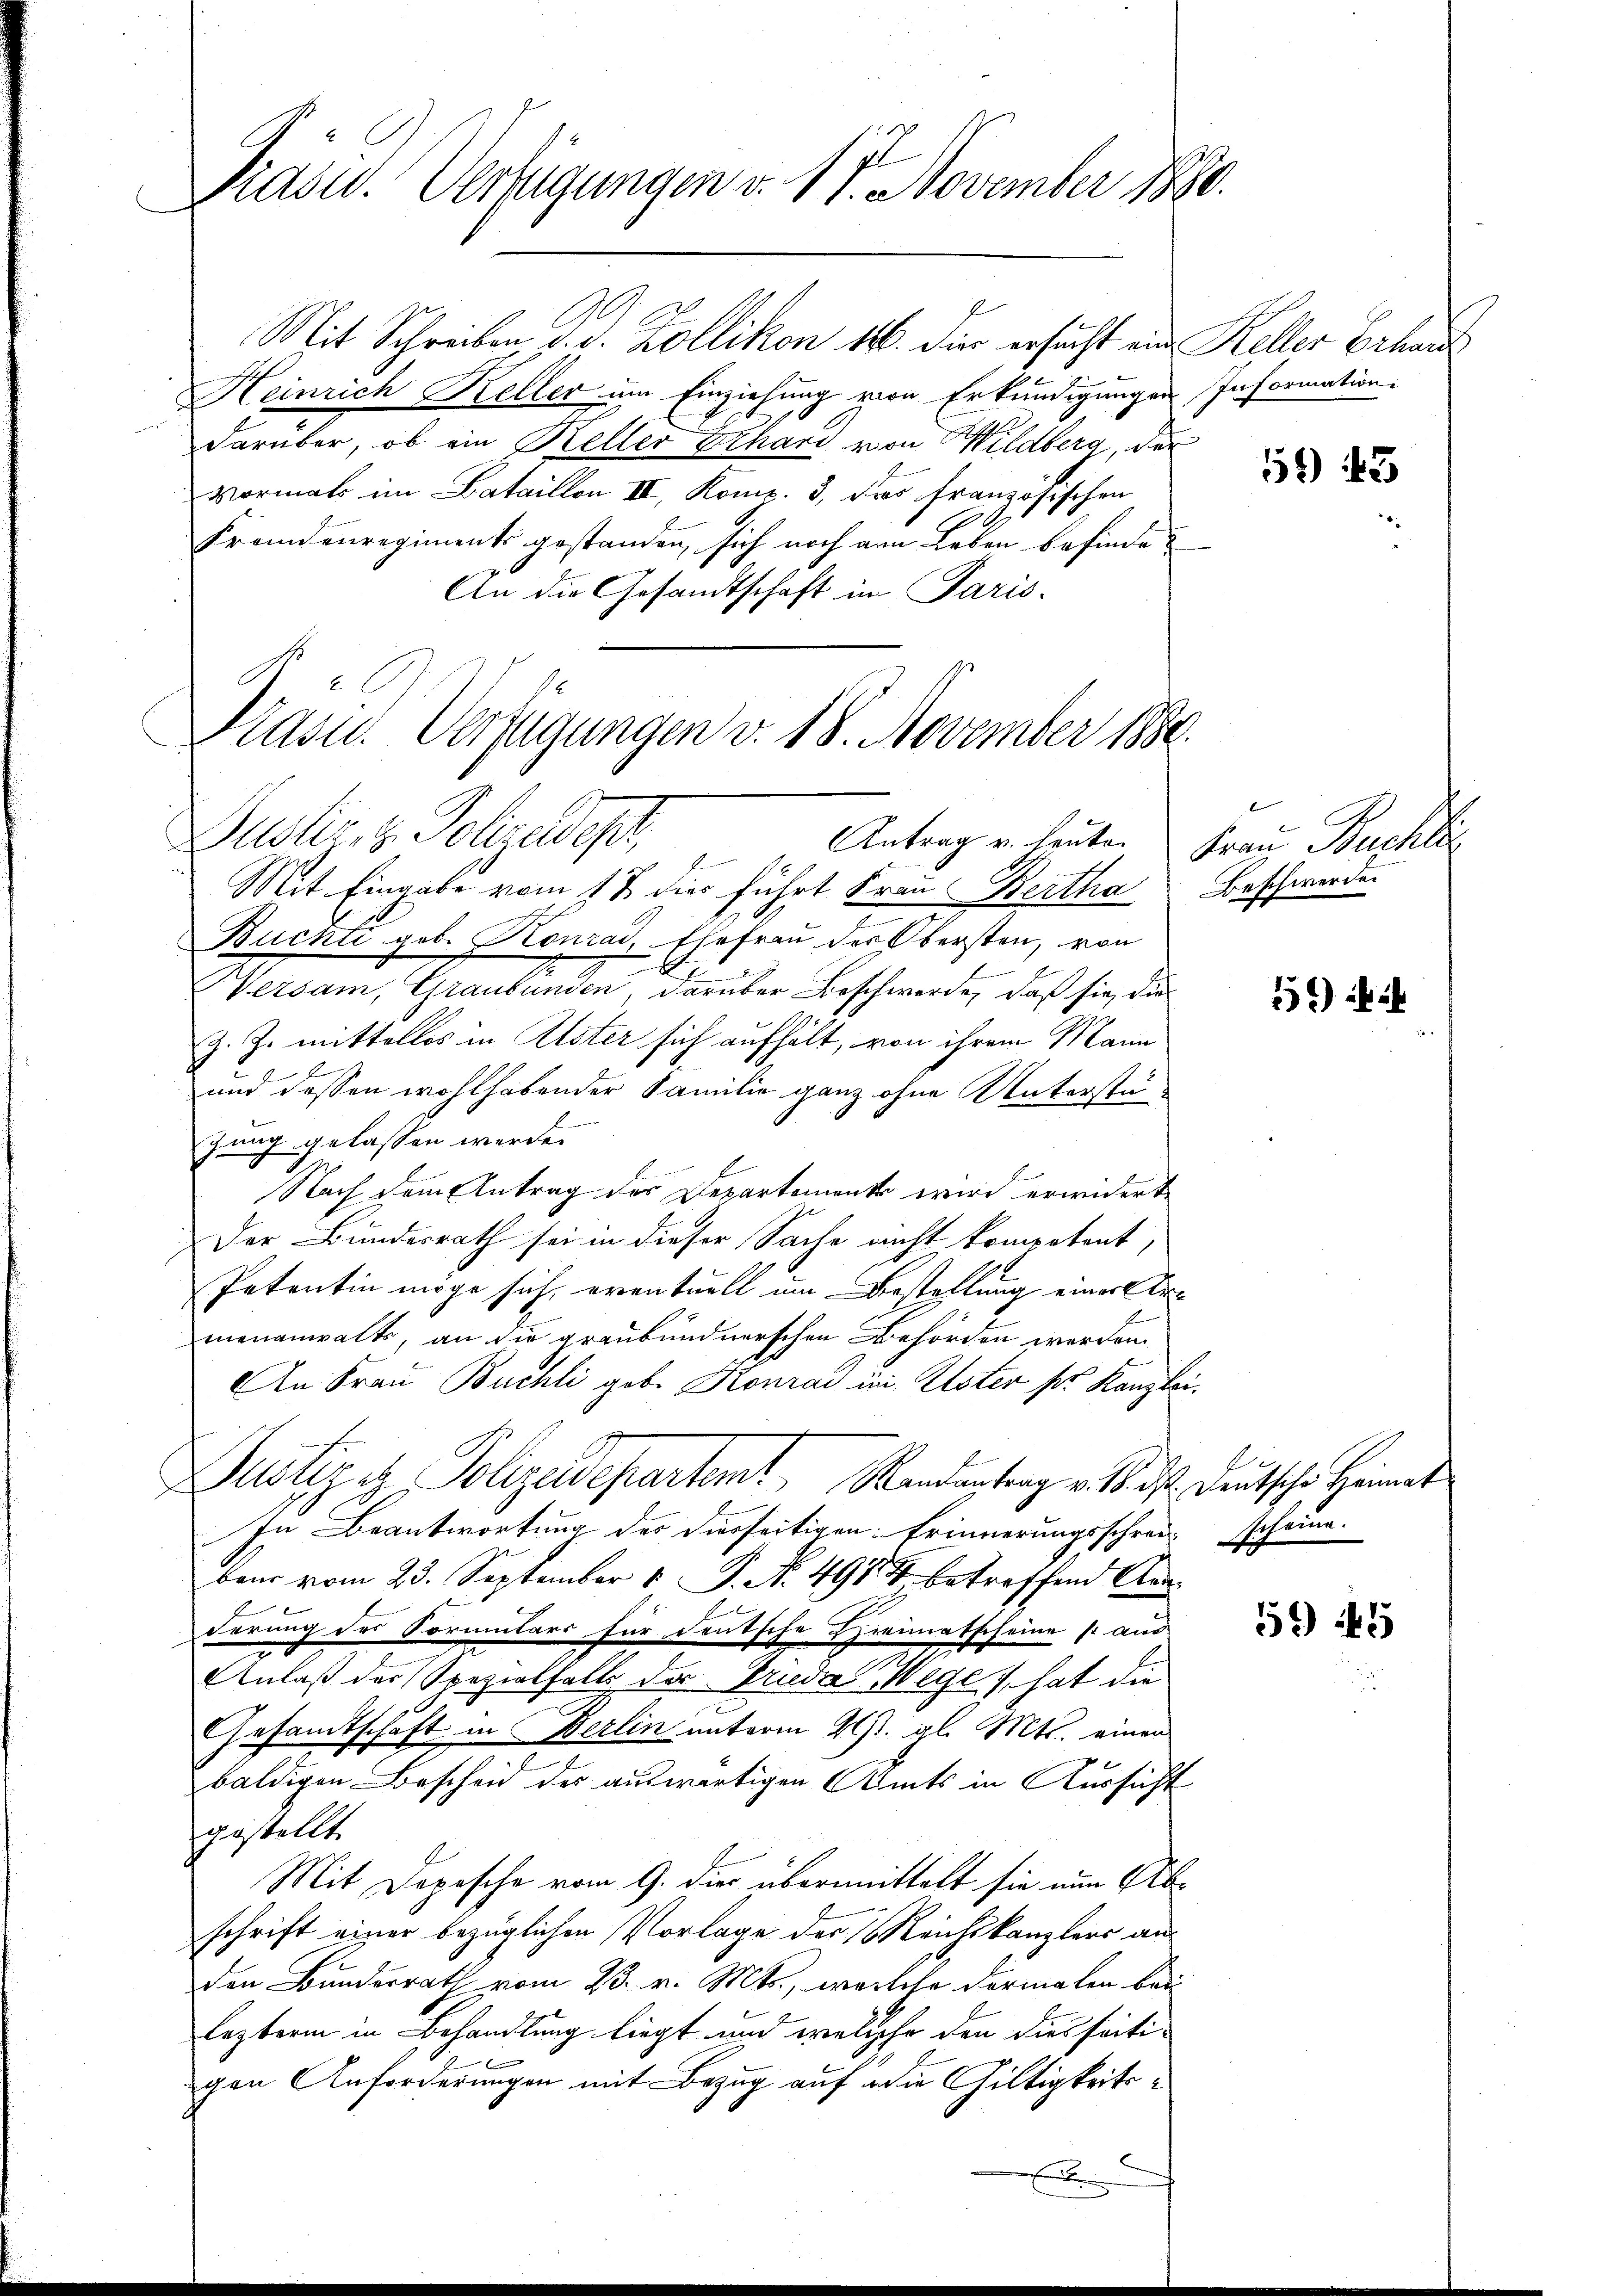
Präsid. Verfügungen v. 17. November 1890.

Mit Schreiben d. d. Zollikon 186. Die ersucht aus Keller Erhaus
Heinrich Keller um Einziehung von Erkundigungen
darüber, ob ein Keller Erhard von Wildberg, der
vormals im Bataillon III, Komp. 3, das französischen
Fremdenregiments gestanden, sich noch am Leben befinden
An die Gesandtschaft in Paris.

Kasu. Verfügungen v. 18. November 1880.
Dusler, z. Porades Antrag er heuten u Frau Bachbe

Mit Eingabe vom 17 dies führt Frau Bertha Beschwerden
Buchti geb. Konrad, Ehefrau der Obersten, von
Weisam, Graubünden, darüber Beschwerde, daß sie, die
Z. Z. mittellos in Uster sich aufhält, von ihrem Mann
und dessen wohlhabender Familie ganz ohne Unterstäne
zung gelassen werde.
Nach dem Antrag des Departemente wird erwiderte
Der Bundesrath sei in dieser Sache nicht kompetent,
Petentin möge sich eventuell um Bestellung einer Ermenanwalts, an die graubündnerschen Behörden werden.
An Frau Buchli geb. Konrad im Elster ser Kanzlei¬
In Beantwortung des diesseitigen Erinnerungsschrei scheine.
bair vom 23. September 1 P. N. 4914 betreffend Ann
derung des Formulars für deutsche Hyreimatscheine so aus
2
Anlaß der Spezialfalls der Truda Wege 1 hat die
Gesamtschaft in Berlin unterm 21st. gl. Mts. einen
baldigen Bescheid des auswärtigen Amts in Kürsicht
gestellt.
Mit Dopische vom 9. dies übermittelt sie nun Abschrift einer bezüglichen Vorlage der Reichskanzlers an
den Bundesrath vom 23. v. Mts., welche dermalen bei
lezterm in Behandlung liegt und welche den dies seitigen Anforderungen mit Bezug auf die Gültigkeitse

Justiz & Polizeidepartent Randantrag v. M. D. Deutsche Heimat

x

Information

52) 43

16)

59 49